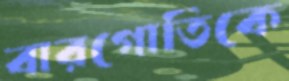
বারগোতিকে